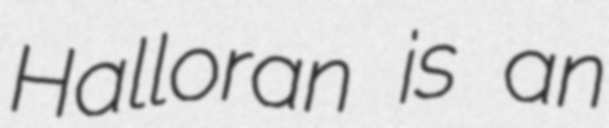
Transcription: Halloran is an